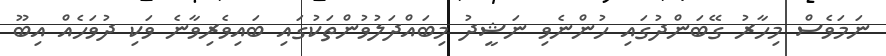
ނަމަވެސް މިހާރު ގޭބަންދުގައި ހުންނެވި ނަޝީދު މިބައްދަލުވުންތަކުގައި ބައިވެރިވާނެ ވަކި ދުވަހެއް އިބޫ